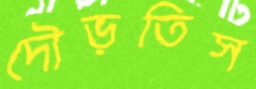
দৌড়তিস